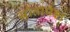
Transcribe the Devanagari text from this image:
स्रोतापेक्षा